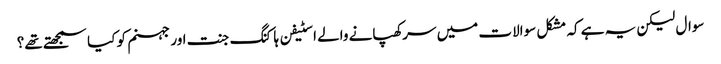
سوال لیکن یہ ہے کہ مشکل سوالات میں سرکھپانے والے اسٹیفن ہاکنگ جنت اور جہنم کو کیا سمجھتے تھے؟